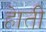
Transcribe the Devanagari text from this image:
हेाती